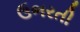
ઉભરતી